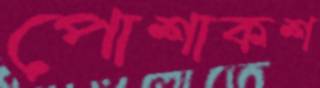
পোশাকশ